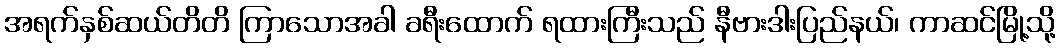
အရက်နှစ်ဆယ်တိတိ ကြာသောအခါ ခရီးထောက် ရထားကြီးသည် နီဗားဒါးပြည်နယ်၊ ကာဆင်မြို့သို့